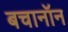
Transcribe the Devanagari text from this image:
बचानॉन